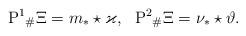
LaTeX: \begin{align*}\mathrm{P}^1{}_\#\Xi=m_*\star \varkappa,\ \ \mathrm{P}^2{}_\#\Xi=\nu_*\star \vartheta. \end{align*}